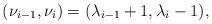
LaTeX: \begin{align*} (\nu_{i-1},\nu_{i}) = (\lambda_{i-1}+1,\lambda_{i}-1),\end{align*}